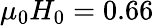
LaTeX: \mu_{0}H_{0}=0.66